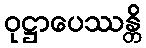
ဝုဋ္ဌာပေဿန္တိ